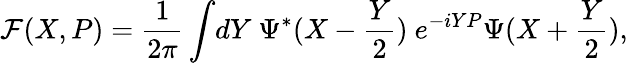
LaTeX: {\cal F}(X,P)={\frac{1}{2\pi}}\int\! dY~\Psi^{*}(X-{\frac{Y}{2}})~e^{-iYP}\Psi(X+{\frac{Y}{2}}),